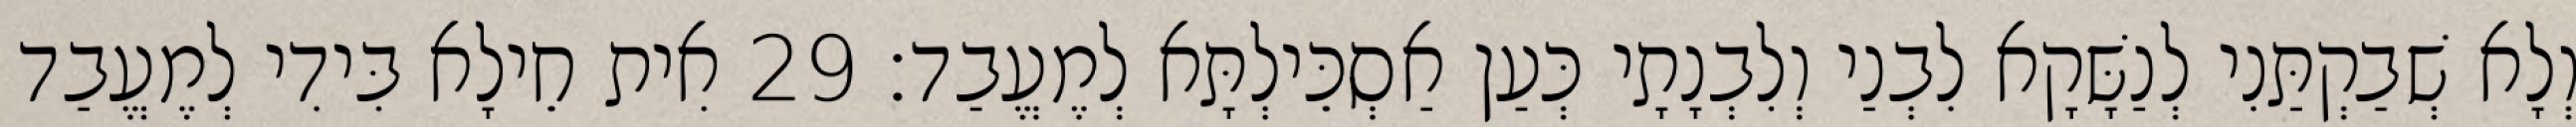
וְלָא שְׁבַקְתַּנִי לְנַשָּׁקָא לִבְנַי וְלִבְנָתָי כְּעַן אַסְכֵּילְתָּא לְמֶעֱבַד׃ 29 אִית חֵילָא בִּידִי לְמֶעֱבַד